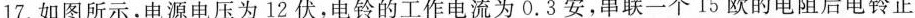
17.如图所示，电源电压为12伏，电铃的工作电流为0.3安，串联一个15欧的电阻后电铃正